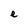
Character: e